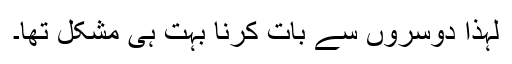
لہذا دوسروں سے بات کرنا بہت ہی مشکل تھا۔